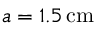
a = 1 . 5 \, \mathrm { c m }